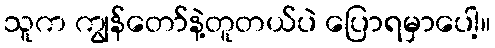
သူက ကျွန်တော်နဲ့တူတယ်ပဲ ပြောရမှာပေါ့။